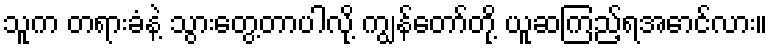
သူက တရားခံနဲ့ သွားတွေ့တာပါလို့ ကျွန်တော်တို့ ယူဆကြည့်ရအောင်လား။